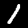
Label: 1